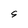
Character: S